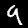
Digit: 9